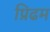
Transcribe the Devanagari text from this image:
प्रिढम